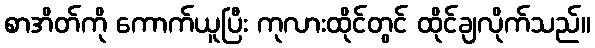
စာအိတ်ကို ကောက်ယူပြီး ကုလားထိုင်တွင် ထိုင်ချလိုက်သည်။